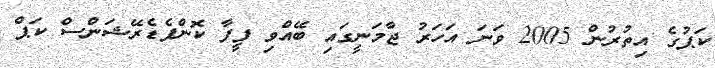
ކަޕުގެ އިތުރުން 2005 ވަނަ އަހަރު ޖާމަނީގައި ބޭއްވި ފީފާ ކޮންފެޑެރޭޝަންސް ކަޕް